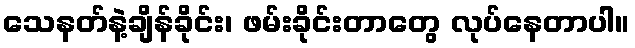
သေနတ်နဲ့ချိန်ခိုင်း၊ ဖမ်းခိုင်းတာတွေ လုပ်နေတာပါ။